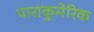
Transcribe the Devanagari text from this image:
पाराकुमेरिक